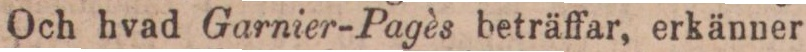
Och hvad Garnier-Pagès beträffar, erkänner